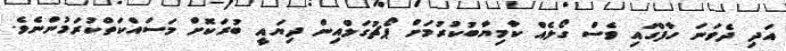
އަދި ދެވަނަ ހާފްގައި ވެސް ގޯލެއް ކާމިޔާބުކުރުމަށް ޕޯޗުގަލްއިން ދިޔައީ ބުރަކޮށް މަސައްކަތްކުރަމުންނެވެ.